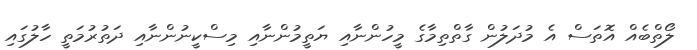
ލޯތްބެއް އޮތަސް އެ މުދަލުން ގާތްތިމާގެ މީހުންނާއި ޔަތީމުންނާއި މިސްކީނުންނާއި ދަތުރުމަތީ ހާލުގައި